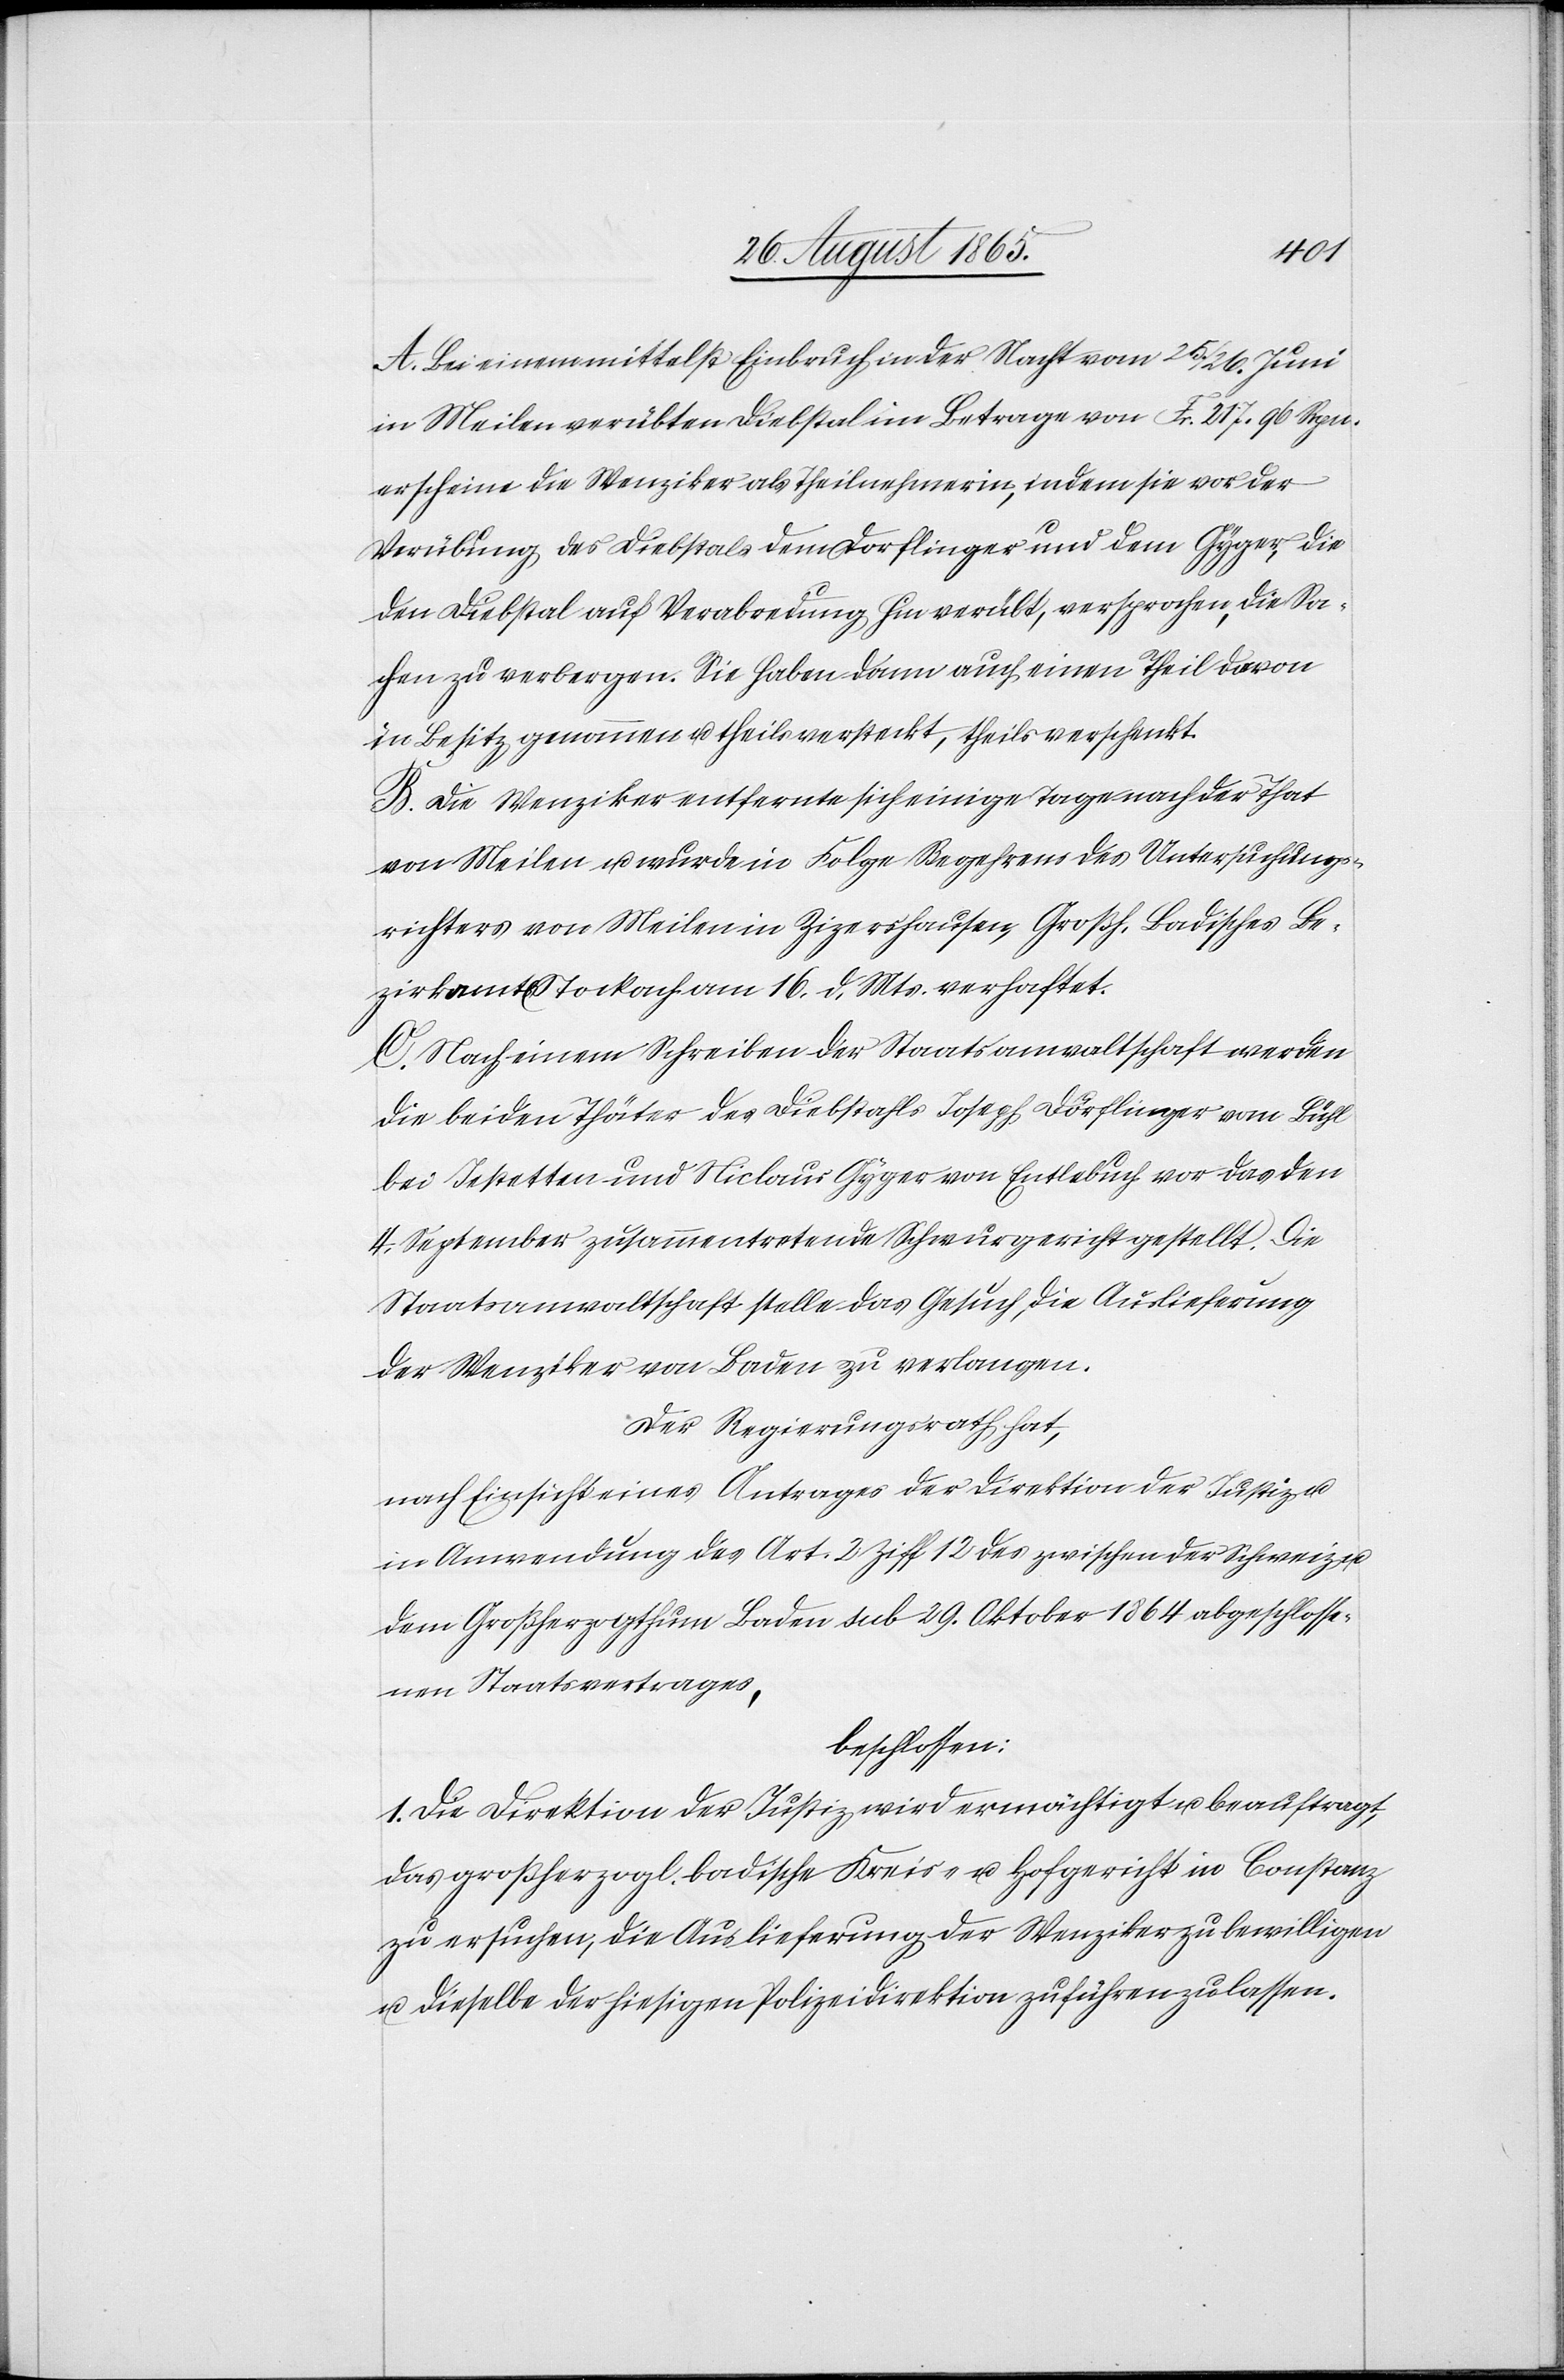
A. Bei einem mittelst Einbruch in der Nacht vom 25./26. Juni
in Meilen verübten Diebstal im Betrage von Fr. 217. 96 Rpn.
erscheine die Wenziker als Theilnehmerin, indem sie vor der
Verübung des Diebstals dem Dorflinger und dem Gyger, die
den Diebstal auf Verabredung hin verübt, versprochen, die Sa¬
chen zu verbergen. Sie haben dann auch einen Theil davon
in Besitz genommen u. theils versteckt, theils verschenkt.
B. Die Wenziker entfernte sich einige Tage nach der That
von Meilen u. wurde in Folge Begehrens des Untersuchungs¬
richters von Meilen in Zizershausen, Großh. Badisches Be¬
zirksamt Stockach am 16. d. Mts. verhaftet.
C. Nach einem Schreiben der Staatsanwaltschaft werden
die beiden Thäter des Diebstahls Joseph Döflinger [sic!]
bei Jestetten und Niclaus Gyger von Entlebuch vor das den
4. September zusammentretende Schwurgericht gestellt. Die
Staatsanwaltschaft stelle das Gesuch, die Auslieferung
der Wenziker von Baden zu verlangen.
Der Regierungsrath hat,
nach Einsicht eines Antrages der Direktion der Justiz u.
in Anwendung des Art. 2 Ziff 12 des zwischen der Schweiz u.
dem Großherzogthum Baden sub 29. Oktober 1864 abgeschlosse¬
nen Staatsvertrages,
beschlossen:
1. Die Direktion der Justiz wird ermächtigt u. beauftragt,
das großherzogl. badische Kreis- u. Hofgericht in Constanz
zu ersuchen, die Auslieferung der Wenziker zu bewilligen
u. dieselbe der hiesigen Polizeidirektion zuführen zu lassen.